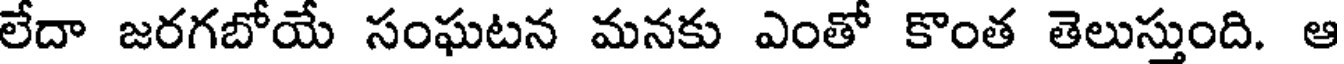
లేదా జరగబోయే సంఘటన మనకు ఎంతో కొంత తెలుస్తుంది. ఆ